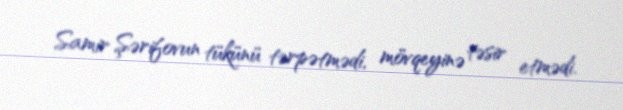
Samir Şərifovun tükünü tərpətmədi, mövqeyinə təsir etmədi.